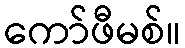
ကော်ဖီမစ်။